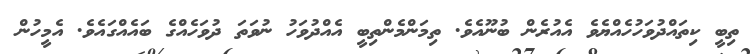
ތިބީ ކިތައްދުވަހުހެއްޔެވެ އެއުރެން ބުނޫއެވެ. ތިމަންމެންތިބީ އެއްދުވަހު ނުވަތަ ދުވަހެއްގެ ބައެއްގައެވެ. އެމީހުން